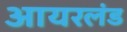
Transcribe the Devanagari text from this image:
आयरलंड